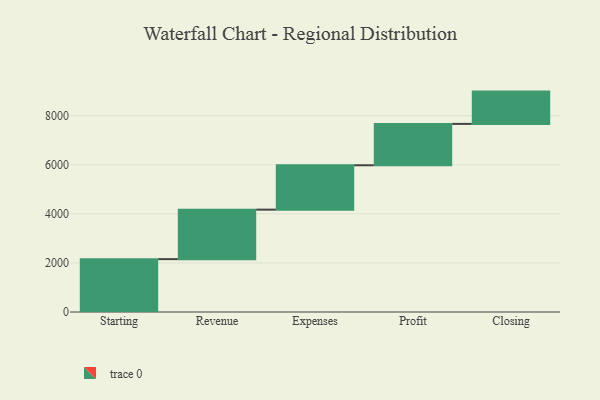
{"axis": {"x": "Step", "y": "Value"}, "legend": [""], "data": [{"x": "Starting", "y": 2154.0, "type": ""}, {"x": "Revenue", "y": 2017.0, "type": ""}, {"x": "Expenses", "y": 1808.0, "type": ""}, {"x": "Profit", "y": 1686.0, "type": ""}, {"x": "Closing", "y": 1316.0, "type": ""}]}